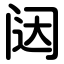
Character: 闼